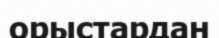
орыстардан